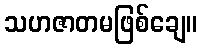
သဟဇာတမဖြစ်ချေ။